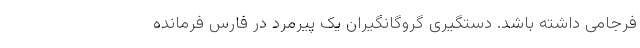
فرجامی داشته باشد. دستگیری گروگانگیران یک پیرمرد در فارس فرمانده